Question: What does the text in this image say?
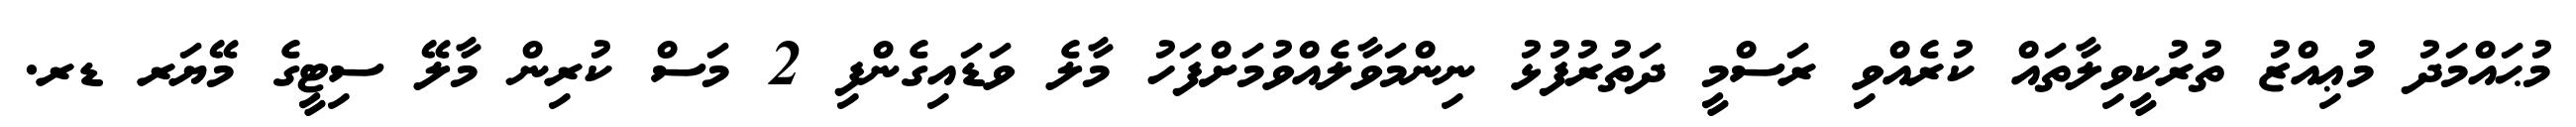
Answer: މުޙައްމަދު މުޢިއްޒު ތުރުކީވިލާތައް ކުރެއްވި ރަސްމީ ދަތުރުފުޅު ނިންމަވާލެއްވުމަށްފަހު މާލެ ވަޑައިގެންފި 2 މަސް ކުރިން މާލޭ ސިޓީގެ މޭޔަރ ޑރ.